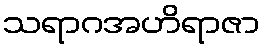
သရာဂအဟိရာဇာ